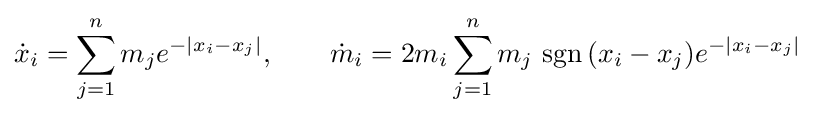
{\dot {x}}_{i}=\sum _{j=1}^{n}m_{j}e^{-|x_{i}-x_{j}|},\qquad {\dot {m}}_{i}=2m_{i}\sum _{j=1}^{n}m_{j}\,\operatorname {sgn} {(x_{i}-x_{j})}e^{-|x_{i}-x_{j}|}